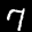
Label: 7